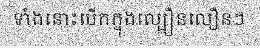
ទាំងនោះបើកក្នុងល្បឿនលឿនៗ